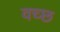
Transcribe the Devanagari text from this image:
वच्छ